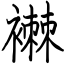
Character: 襋